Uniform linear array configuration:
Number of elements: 24
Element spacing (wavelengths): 0.25
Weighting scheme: kaiser
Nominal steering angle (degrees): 30
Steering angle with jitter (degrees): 31.726
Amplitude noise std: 0.05
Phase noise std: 0.05

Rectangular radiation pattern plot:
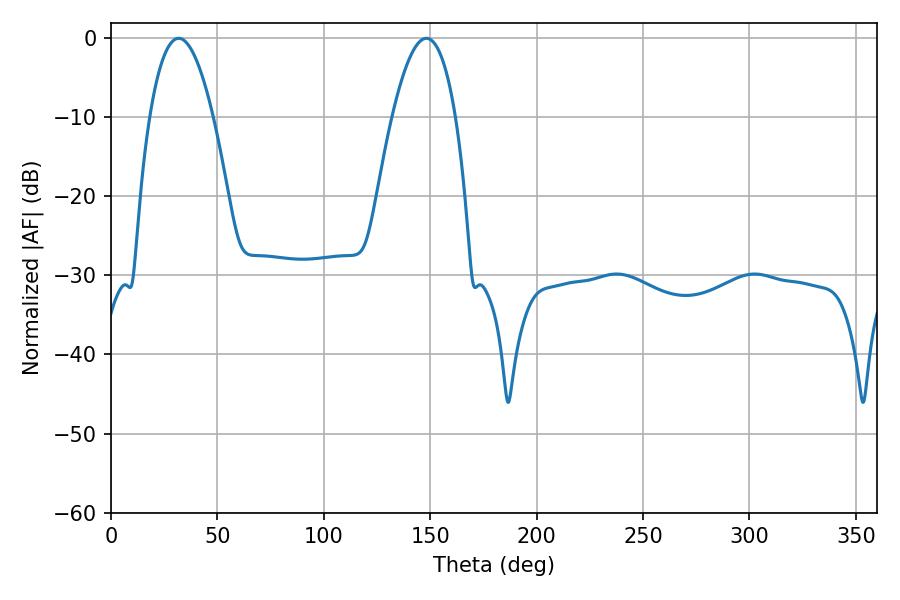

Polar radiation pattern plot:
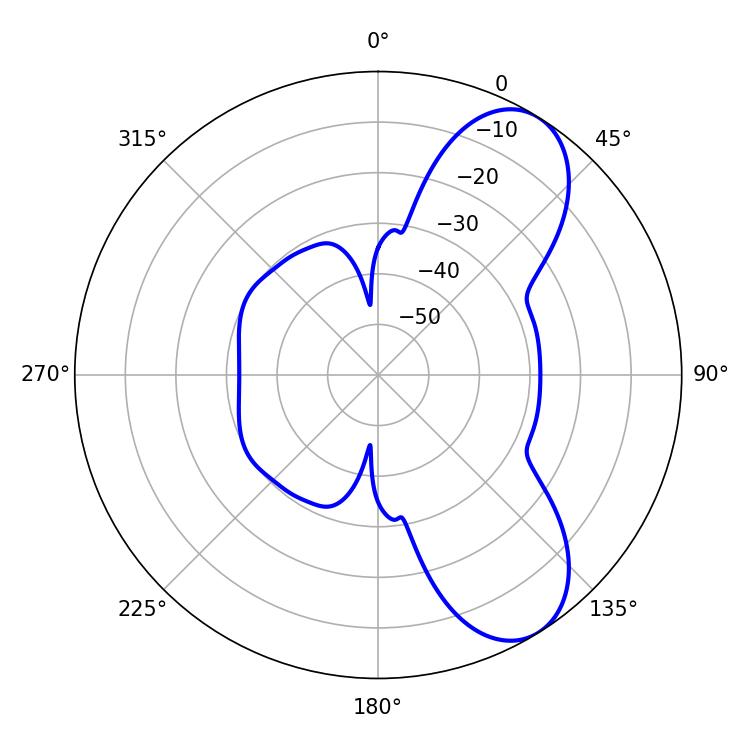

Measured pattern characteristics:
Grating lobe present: FALSE
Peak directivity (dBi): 7.839
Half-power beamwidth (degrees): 16.56
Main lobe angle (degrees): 31.86